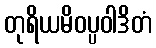
တုရိယမိဝပ္ပဝါဒိတံ